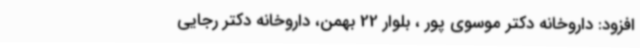
افزود: داروخانه دکتر موسوی پور ، بلوار 22 بهمن، داروخانه دکتر رجایی